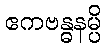
ဧကဗန္ဓနမ္ပိ